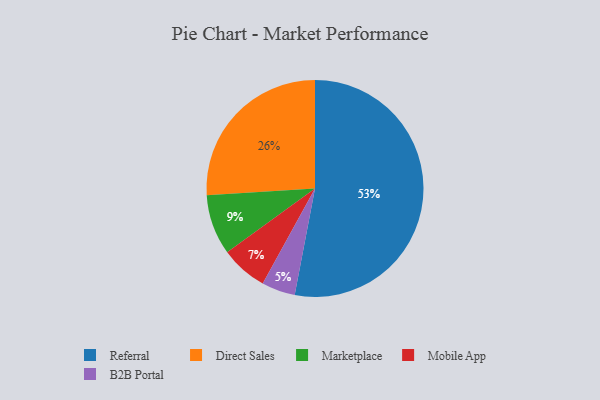
{"axis": {"x": "Category", "y": "Percentage"}, "legend": ["B2B Portal", "Direct Sales", "Marketplace", "Mobile App", "Referral"], "data": [{"x": "Marketplace", "y": 9, "type": "Marketplace"}, {"x": "B2B Portal", "y": 5, "type": "B2B Portal"}, {"x": "Mobile App", "y": 7, "type": "Mobile App"}, {"x": "Direct Sales", "y": 26, "type": "Direct Sales"}, {"x": "Referral", "y": 53, "type": "Referral"}]}